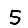
Digit: 5